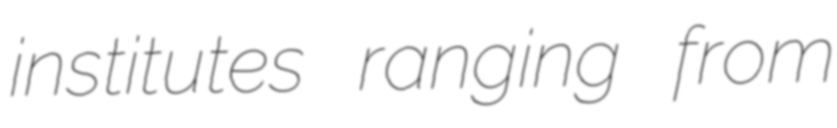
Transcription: institutes ranging from